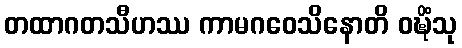
တထာဂတသီဟဿ ကာမဂဝေသိနောတိ ဝဍ္ဎိံသု